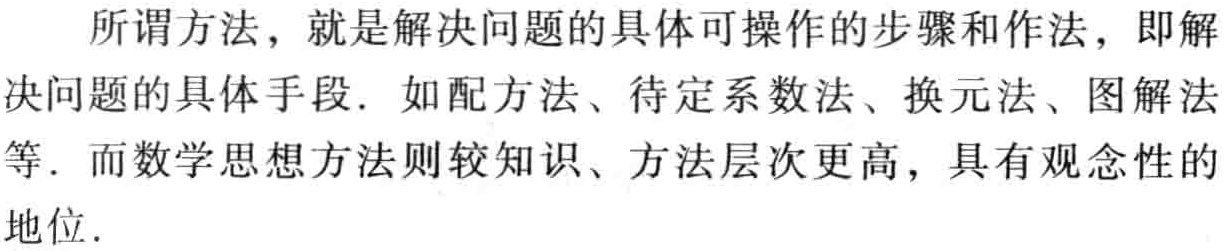
所谓方法，就是解决问题的具体可操作的步骤和作法，即解决问题的具体手段. 如配方法、待定系数法、换元法、图解法等. 而数学思想方法则较知识、方法层次更高，具有观念性的地位.